Vaccination United Provinces of Agra and Oudh 1902-1913 - 1902-1913
Year: 1902
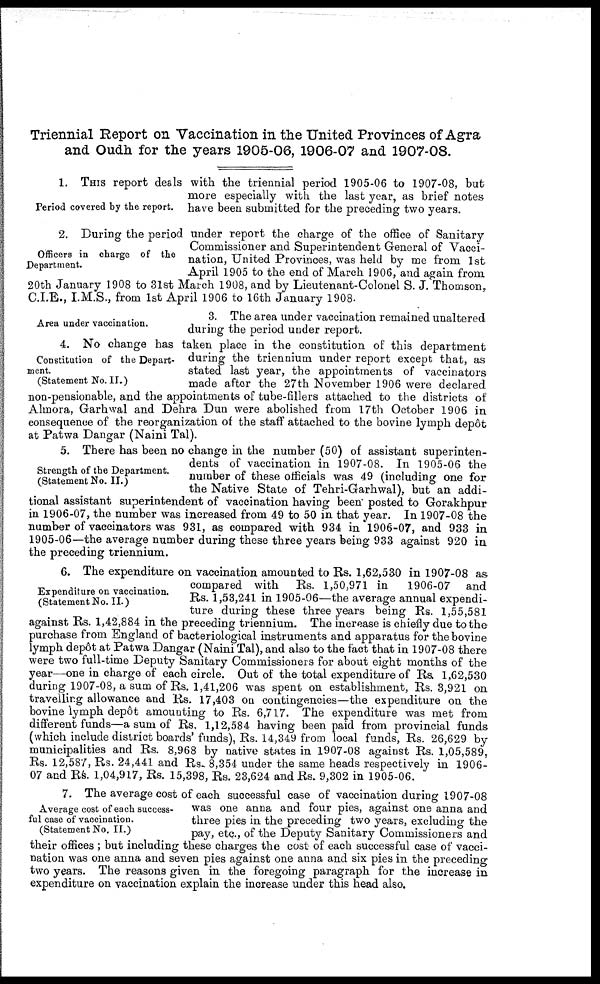
Triennial Report on Vaccination in the United Provinces of Agra
and Oudh for the years 1905-06, 1906-07 and 1907-08.
Period covered by the report.
1. THIS report deals with the triennial period 1905-06 to 1907-08, but
more especially with the last year, as brief notes
have been submitted for the preceding two years.
Officers in charge of the
Department.
2. During the period under report the charge of the office of Sanitary
Commissioner and Superintendent General of Vacci-
nation, United Provinces, was held by me from 1st
April 1905 to the end of March 1906, and again from
20th January 1908 to 31st March 1908, and by Lieutenant-Colonel S. J. Thomson,
C.I.E., I.M.S., from 1st April 1906 to 16th January 1908.
Area under vaccination.
3. The area under vaccination remained unaltered
during the period under report.
Constitution of the Depart-
ment.
(Statement No. II.)
4. No change has taken place in the constitution of this department
during the triennium under report except that, as
stated last year, the appointments of vaccinators
made after the 27th November 1906 were declared
non-pensionable, and the appointments of tube-fillers attached to the districts of
Almora, Garhwal and Dehra Dun were abolished from 17th October 1906 in
consequence of the reorganization of the staff attached to the bovine lymph depôt
at Patwa Dangar (Naini Tal).
Strength of the Department.
(Statement No. II.)
5. There has been no change in the number (50) of assistant superinten-
dents of vaccination in 1907-08. In 1905-06 the
number of these officials was 49 (including one for
the Native State of Tehri-Garhwal), but an addi-
tional assistant superintendent of vaccination having been posted to Gorakhpur
in 1906-07, the number was increased from 49 to 50 in that year. In 1907-08 the
number of vaccinators was 931, as compared with 934 in 1906-07, and 933 in
1905-06—the average number during these three years being 933 against 920 in
the preceding triennium.
Expenditure on vaccination.
(Statement No.II.)
6. The expenditure on vaccination amounted to Rs. 1,62,530 in 1907-08 as
compared with Rs. 1,50,971 in
1906-07 and
Rs. 1,53,241 in 1905-06—the average annual expendi-
ture during these three years being Rs. 1,55,581
against Rs. 1,42,884 in the preceding triennium. The increase is chiefly due to the
purchase from England of bacteriological instruments and apparatus for the bovine
lymph depôt at Patwa Dangar (Naini Tal), and also to the fact that in 1907-08 there
were two full-time Deputy Sanitary Commissioners for about eight months of the
year—one in charge of each circle. Out of the total expenditure of Rs. 1,62,530
during 1907-08, a sum of Rs. 1,41,206 was spent on establishment, Rs. 3,921 on
travelling allowance and Rs. 17,403 on contingencies—the expenditure on the
bovine lymph depôt amounting to Rs. 6,717. The expenditure was met from
different funds—a sum of Rs. 1,12,584 having been paid from provincial funds
(which include district boards'funds), Rs. 14,349 from local funds, Rs. 26,629 by
municipalities and Rs. 8,968 by native states in 1907-08 against Rs. 1,05,589,
Rs. 12,587, Rs. 24,441 and Rs. 8,354 under the same heads respectively in 1906-
07 and Rs. 1,04,917, Rs. 15,398, Rs. 23,624 and Rs. 9,302 in 1905-06.
Average cost of each success-
ful case of vaccination.
(Statement No. II.)
7. The average cost of each successful case of vaccination during 1907-08
was one anna and four pies, against one anna and
three pies in the preceding two years, excluding the
pay, etc., of the Deputy Sanitary Commissioners and
their offices ; but including these charges the cost of each successful case of vacci-
nation was one anna and seven pies against one anna and six pies in the preceding
two years. The reasons given in the foregoing paragraph for the increase in
expenditure on vaccination explain the increase under this head also.